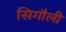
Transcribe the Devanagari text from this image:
सिगौली